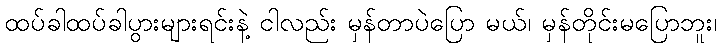
ထပ်ခါထပ်ခါပွားများရင်းနဲ့ ငါလည်း မှန်တာပဲပြော မယ်၊ မှန်တိုင်းမပြောဘူး၊